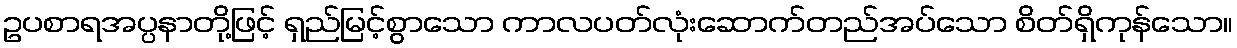
ဥပစာရအပ္ပနာတို့ဖြင့် ရှည်မြင့်စွာသော ကာလပတ်လုံးဆောက်တည်အပ်သော စိတ်ရှိကုန်သော။